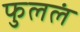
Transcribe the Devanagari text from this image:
फुललं